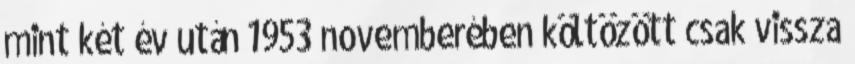
mint két év után 1953 novemberében költözött csak vissza